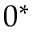
0 ^ { * }